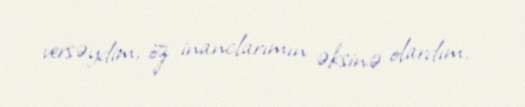
versəydim, öz inanclarımın əksinə olardım.